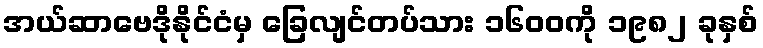
အယ်ဆာဗေဒိုနိုင်ငံမှ ခြေလျင်တပ်သား ၁၆၀၀ကို ၁၉၈၂ ခုနှစ်